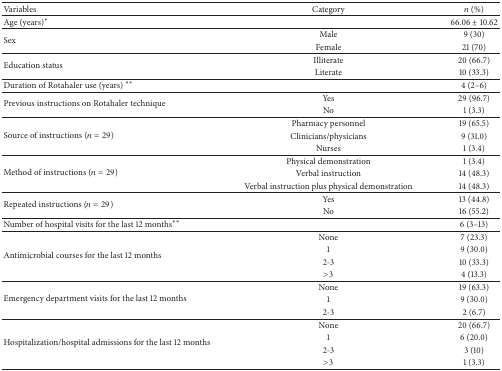
<table><thead><tr><td><b>Variables</b></td><td><b>Category</b></td><td><b><i>n</i> (%)</b></td></tr></thead><tbody><tr><td colspan="2">Age (years)<sup><i>∗</i></sup></td><td>66.06 ± 10.62</td></tr><tr><td rowspan="2">Sex</td><td>Male</td><td>9 (30)</td></tr><tr><td>Female</td><td>21 (70)</td></tr><tr><td rowspan="2">Education status</td><td>Illiterate</td><td>20 (66.7)</td></tr><tr><td>Literate</td><td>10 (33.3)</td></tr><tr><td colspan="2">Duration of Rotahaler use (years) <sup><i>∗∗</i></sup></td><td>4 (2–6)</td></tr><tr><td rowspan="2">Previous instructions on Rotahaler technique</td><td>Yes</td><td>29 (96.7)</td></tr><tr><td>No</td><td>1 (3.3)</td></tr><tr><td rowspan="3">Source of instructions (<i>n</i> = 29)</td><td>Pharmacy personnel</td><td>19 (65.5)</td></tr><tr><td>Clinicians/physicians</td><td>9 (31.0)</td></tr><tr><td>Nurses</td><td>1 (3.4)</td></tr><tr><td rowspan="3">Method of instructions (<i>n</i> = 29)</td><td>Physical demonstration</td><td>1 (3.4)</td></tr><tr><td>Verbal instruction</td><td>14 (48.3)</td></tr><tr><td>Verbal instruction plus physical demonstration</td><td>14 (48.3)</td></tr><tr><td rowspan="2">Repeated instructions (<i>n</i> = 29)</td><td>Yes</td><td>13 (44.8)</td></tr><tr><td>No</td><td>16 (55.2)</td></tr><tr><td colspan="2">Number of hospital visits for the last 12 months<sup><i>∗∗</i></sup></td><td>6 (3–13)</td></tr><tr><td rowspan="4">Antimicrobial courses for the last 12 months</td><td>None</td><td>7 (23.3)</td></tr><tr><td>1</td><td>9 (30.0)</td></tr><tr><td>2-3</td><td>10 (33.3)</td></tr><tr><td>&gt;3</td><td>4 (13.3)</td></tr><tr><td rowspan="3">Emergency department visits for the last 12 months</td><td>None</td><td>19 (63.3)</td></tr><tr><td>1</td><td>9 (30.0)</td></tr><tr><td>2-3</td><td>2 (6.7)</td></tr><tr><td rowspan="4">Hospitalization/hospital admissions for the last 12 months</td><td>None</td><td>20 (66.7)</td></tr><tr><td>1</td><td>6 (20.0)</td></tr><tr><td>2-3</td><td>3 (10)</td></tr><tr><td>&gt;3</td><td>1 (3.3)</td></tr></tbody></table>